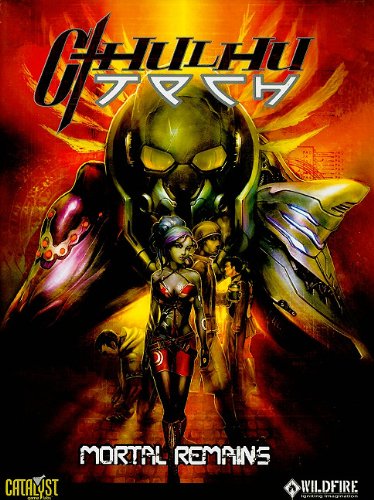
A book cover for CthulhuTech Mortal Remains; Matthew Grau; Science Fiction & Fantasy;